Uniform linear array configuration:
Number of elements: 32
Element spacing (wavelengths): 0.75
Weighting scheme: binomial
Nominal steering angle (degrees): -45
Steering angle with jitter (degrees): -46.765
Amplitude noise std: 0.05
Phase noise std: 0.05

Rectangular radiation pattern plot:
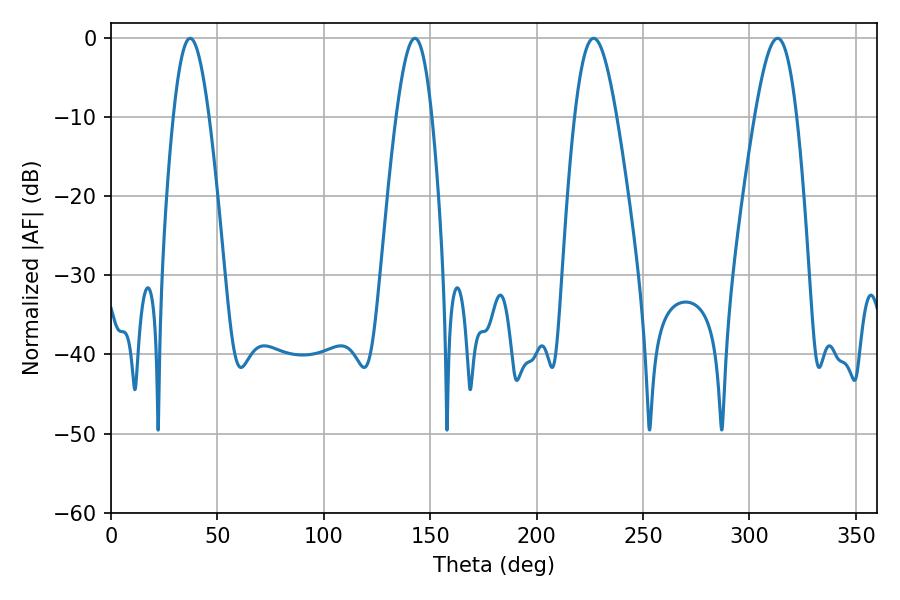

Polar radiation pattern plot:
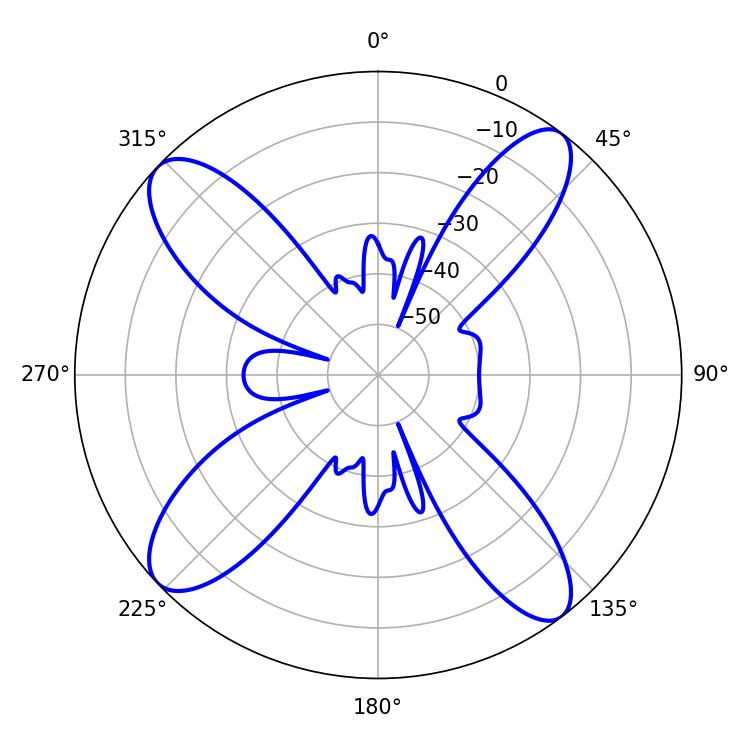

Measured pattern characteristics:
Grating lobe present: TRUE
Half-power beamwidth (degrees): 10.62
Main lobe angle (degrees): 226.8